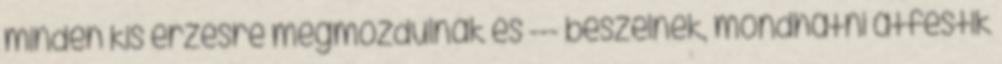
minden kis érzésre megmozdulnak és --- beszélnek, mondhatni átfestik